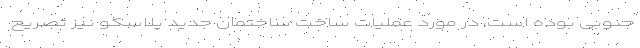
جنوبی بوده است، در مورد عملیات ساخت ساختمان جدید پلاسکو نیز تصریح